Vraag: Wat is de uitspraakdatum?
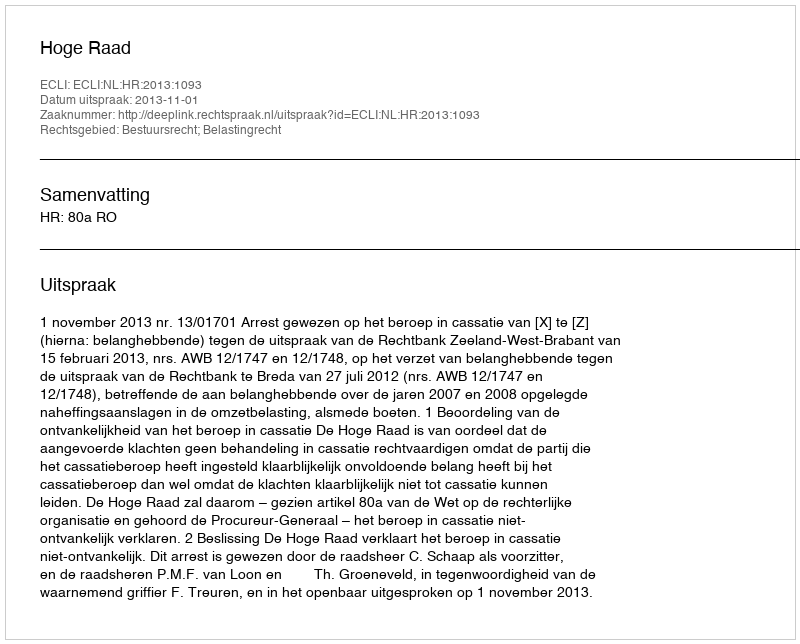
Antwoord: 2013-11-01